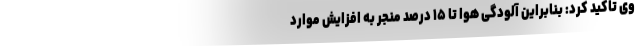
وی تاکید کرد: بنابراین آلودگی هوا تا ۱۵ درصد منجر به افزایش موارد